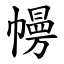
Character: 㡢